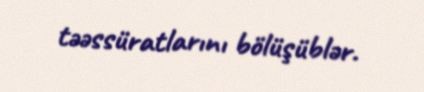
təəssüratlarını bölüşüblər.